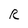
Character: R